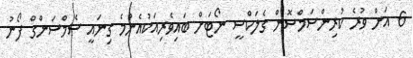
6 އަށް ވުރެ ކުރިންސަމްސޮން ގެލަކްސީ ނޯޓަށް ބައިވެރިއަކުއެންމެ ގިނައީ ސެމްސަންގް ފޯނު